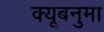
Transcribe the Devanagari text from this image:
क्यूबनुमा